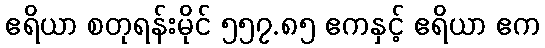
ဧရိယာ စတုရန်းမိုင် ၅၅၇.၈၅ ဧကနှင့် ဧရိယာ ဧက